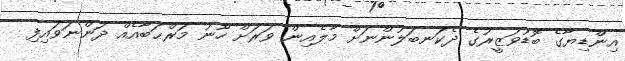
އިންޑިޔާގެ ބޮޑުވަޒީރުގެ ދެކަނބަލުންނަށް މާލެއިން ވަރަށް ހޫނު މަރްޙަބާއެއް ދަންނަވައިފި